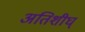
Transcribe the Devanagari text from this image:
अतिशीघ्